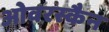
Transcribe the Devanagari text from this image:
ओवरस्कैन